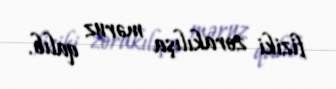
fiziki zorakılışa məruz qalıb.